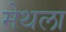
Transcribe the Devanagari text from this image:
मेथला